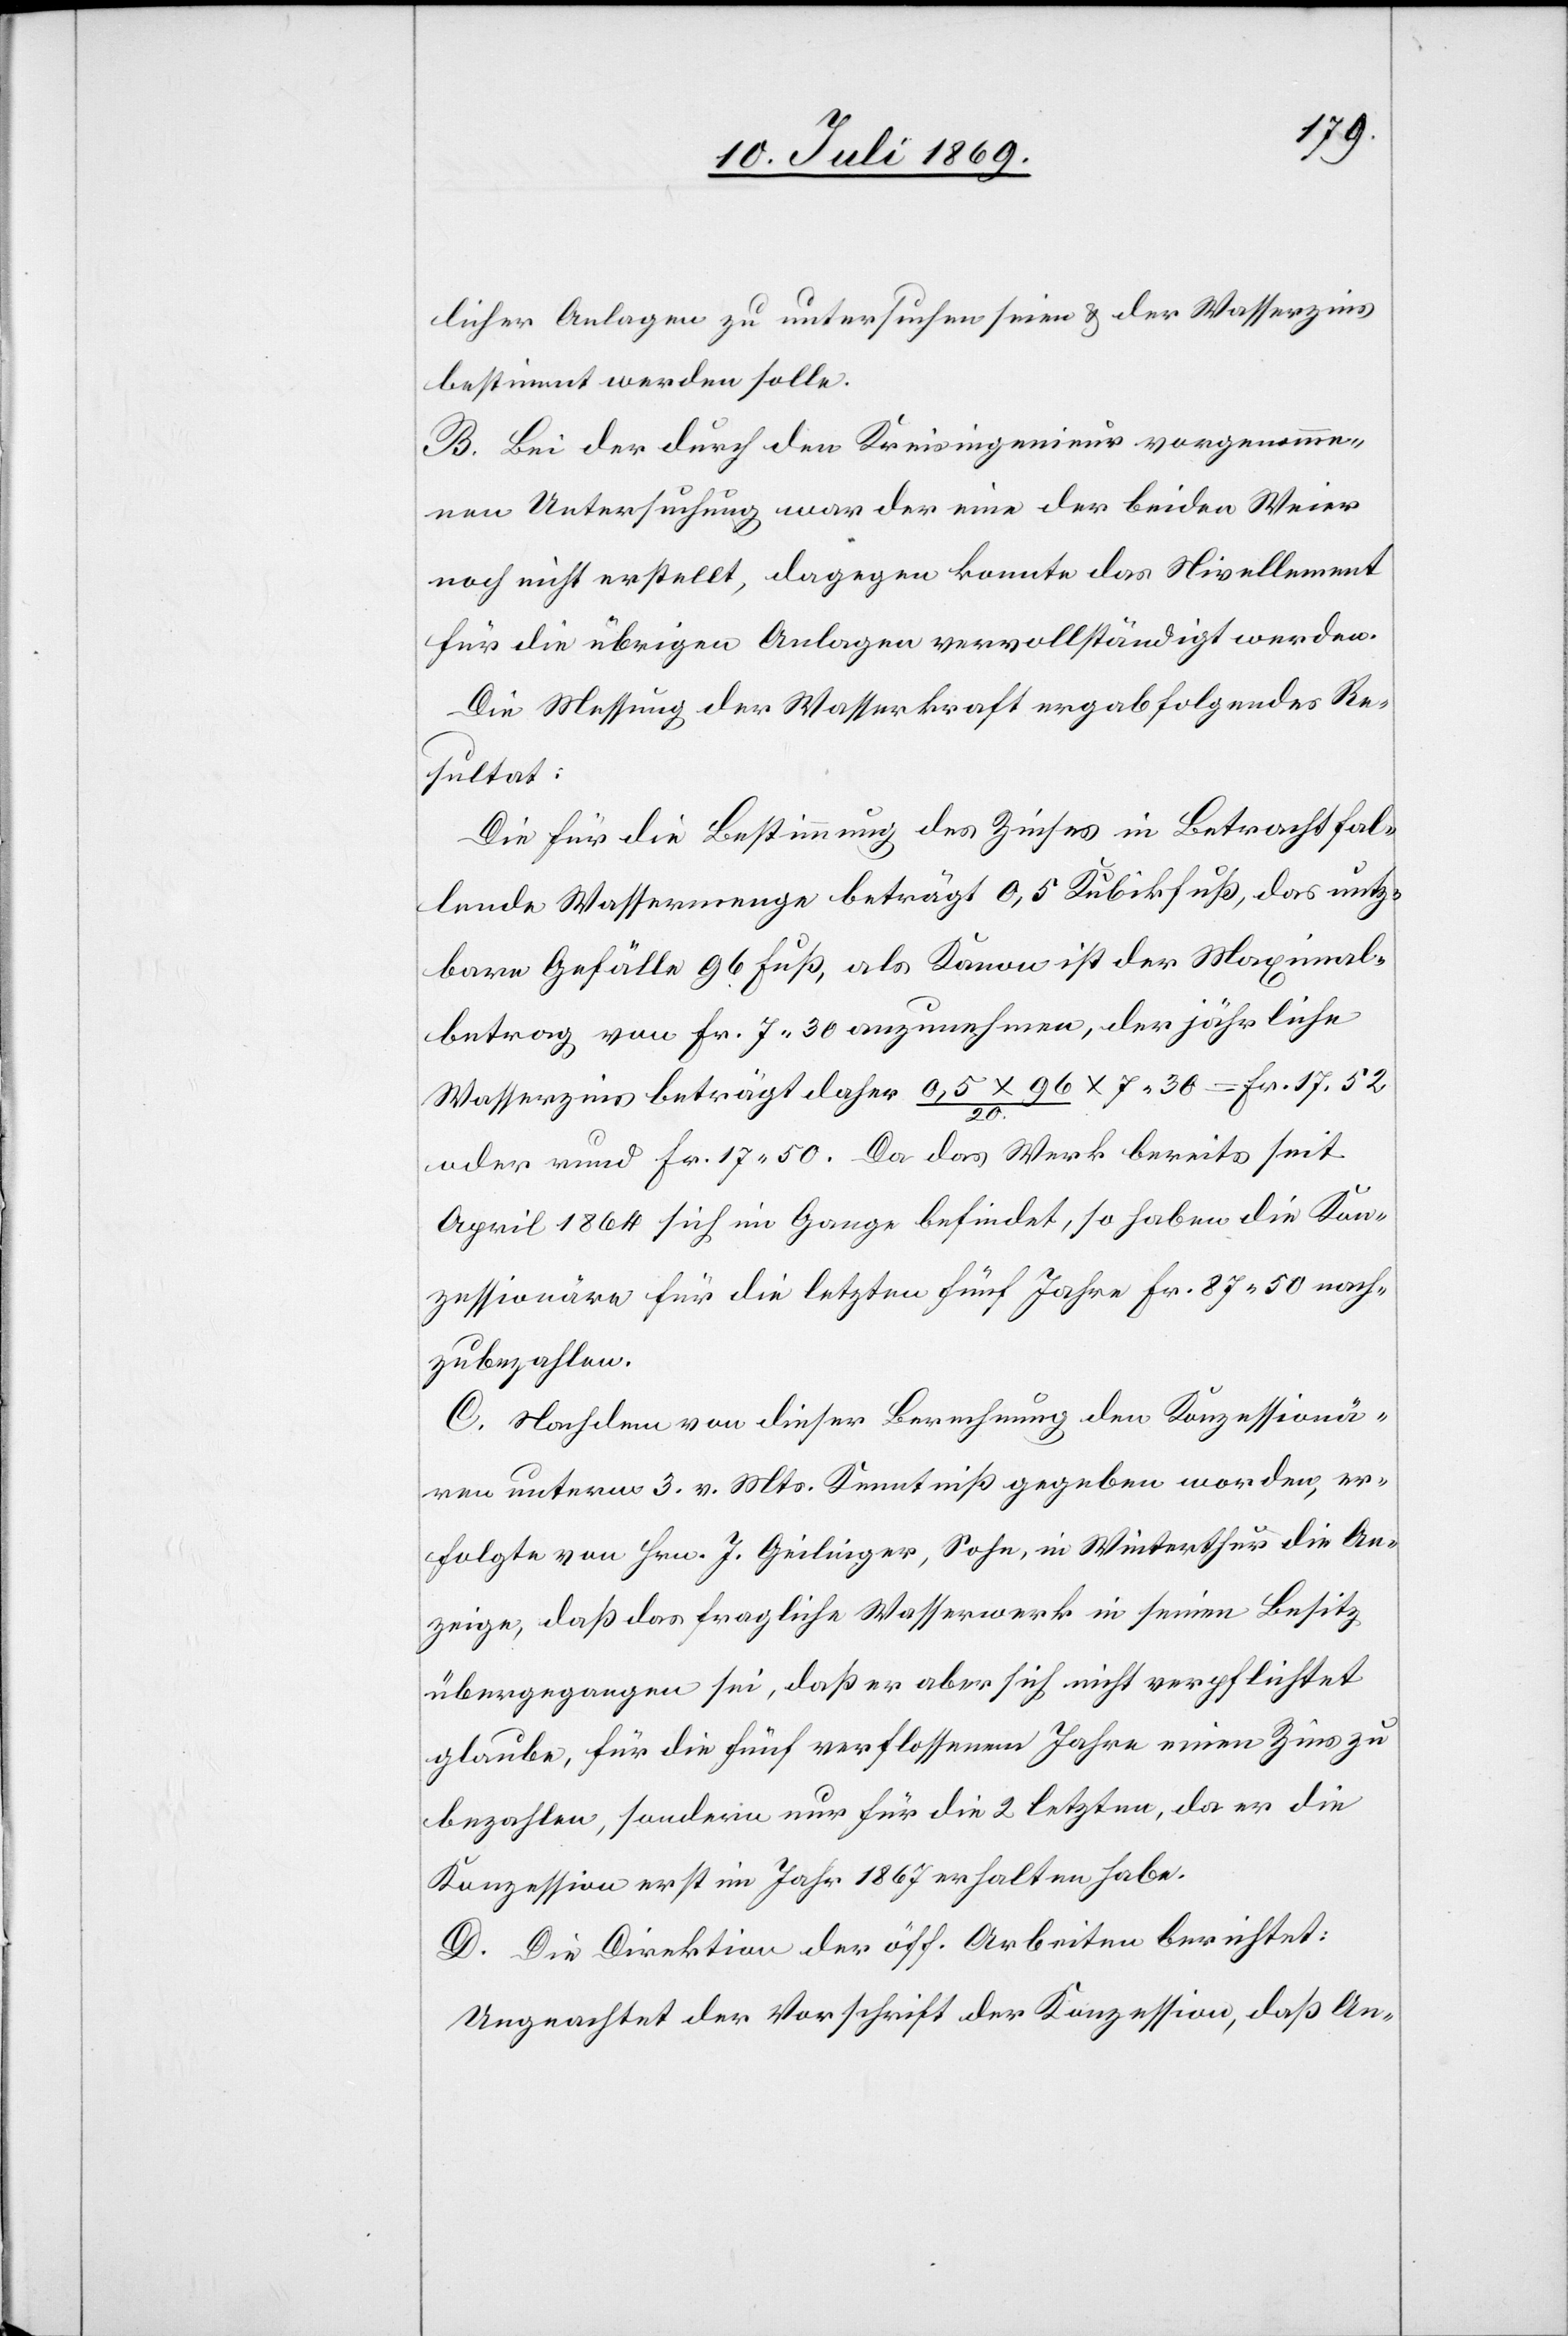
licher Anlagen zu untersuchen seien u. der Wasserzins
bestimmt werden solle.
B. Bei der durch den Kreisingenieur vorgenomme¬
nen Untersuchung war der eine der beiden Weier
noch nicht erstellt, dagegen konnte das Nivellement
für die übrigen Anlagen vervollständigt werden.
Die Messung der Wasserkraft ergab folgendes Re¬
sultat:
Die für die Bestimmung des Zinses in Betracht fal¬
lende Wassermenge beträgt 0,5 Kubikfuß, das nutz¬
bare Gefälle 96 Fuß, als Kanon ist der Maximal¬
betrag von Fr. 7.30 anzunehmen, der jährliche
Wasserzins beträgt daher 0,5x96/20 x 7.30=Fr. 17.52
oder rund Fr. 17.50. Da das Werk bereits seit
April 1864 sich im Gange befindet, so haben die Kon¬
zessionäre für die letzten fünf Jahre Fr. 87.50 nach¬
zubezahlen.
C. Nachdem von dieser Berechnung den Konzessionä¬
ren unterm 3 v. Mts. Kenntniß gegeben worden, er¬
folgte von Hrn. J. Geilinger, Sohn, in Winterthur die An¬
zeige, daß das fragliche Wasserwerk in seinen Besitz
übergegangen sei, daß er aber sich nicht verpflichtet
glaube, für die fünf verlassenen Jahre einen Zins zu
bezahlen, sondern nur für die 2 letzten, da er die
Konzession erst im Jahr 1867 erhalten habe.
D. Die Direktion der öff. Arbeiten berichtet:
Ungeachtet der Vorschrift der Konzession, daß An-